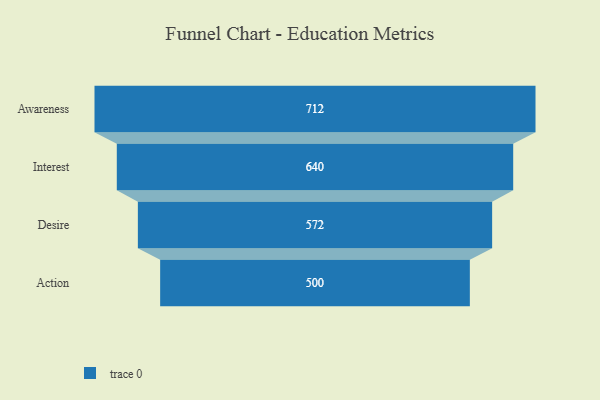
{"axis": {"x": "Stage", "y": "Value"}, "legend": [""], "data": [{"x": "Awareness", "y": 712.0, "type": ""}, {"x": "Interest", "y": 640.0, "type": ""}, {"x": "Desire", "y": 572.0, "type": ""}, {"x": "Action", "y": 500, "type": ""}]}